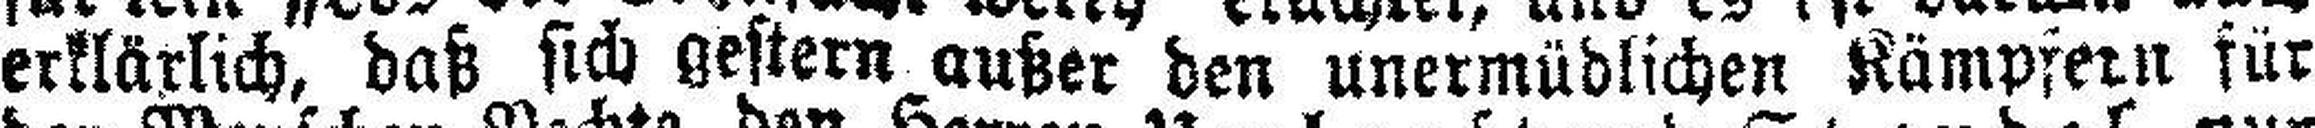
erklärlich, daß sich gestern außer den unermüdlichen Kämpfern für